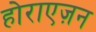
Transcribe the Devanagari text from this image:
होराएज़न